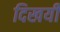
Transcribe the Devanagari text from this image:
दिखयी